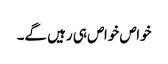
خواص خواص ہی رہیں گے۔